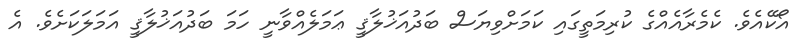
އޯކޭއެވެ. ކެމެރާއެއްގެ ކުރިމަތީގައި ކަމަށްވިޔަސް ބަދުއަޚުލާޤީ ޢަމަލެއްވާނީ ހަމަ ބަދުއަޚުލާޤީ އަމަލަކަށެވެ. އެ